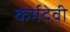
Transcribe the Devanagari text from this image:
कर्मदेवी